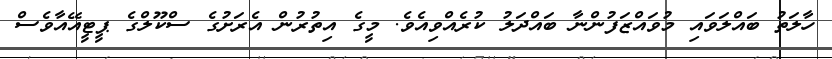
ހާލަތު ބައްލަވައި މުވައްޒަފުންނާ ބައްދަލު ކުރެއްވިއެވެ. މީގެ އިތުރުން އެރަށުގެ ސްކޫލްގެ ޕީޓީއޭއާވެސް